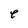
Character: e